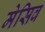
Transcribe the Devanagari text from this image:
मेसिव